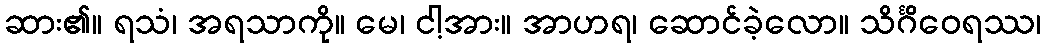
ဆား၏။ ရသံ၊ အရသာကို။ မေ၊ ငါ့အား။ အာဟရ၊ ဆောင်ခဲ့လော။ သိင်္ဂိဝေရဿ၊